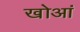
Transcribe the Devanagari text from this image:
खोआं